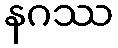
နဂဿ